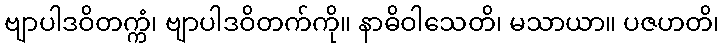
ဗျာပါဒဝိတက္ကံ၊ ဗျာပါဒဝိတက်ကို။ နာဓိဝါသေတိ၊ မသာယာ။ ပဇဟတိ၊